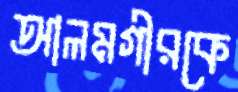
আলমগীরকে